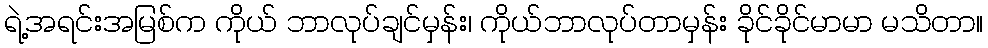
ရဲ့အရင်းအမြစ်က ကိုယ် ဘာလုပ်ချင်မှန်း၊ ကိုယ်ဘာလုပ်တာမှန်း ခိုင်ခိုင်မာမာ မသိတာ။